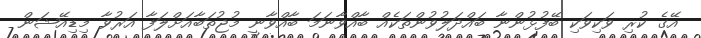
އޭގެ ކުރި ވަކިވަކި ބޭފުޅުންނާ ބައްދަލުވުންތަކެއް ބާއްވާނަމަ ބާއްވާނީ މުޖުތަބާއަށްލަފާ އަރުވާ މިޑިއޭޝަން